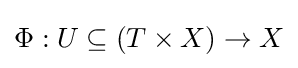
\Phi :U\subseteq (T\times X)\to X